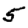
Digit: 5